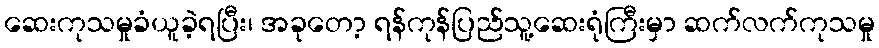
ဆေးကုသမှုခံယူခဲ့ရပြီး၊ အခုတော့ ရန်ကုန်ပြည်သူ့ဆေးရုံကြီးမှာ ဆက်လက်ကုသမှု